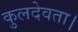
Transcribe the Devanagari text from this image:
कुलदेवता।